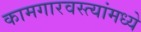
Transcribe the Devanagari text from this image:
कामगारवस्त्यांमध्ये